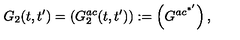
G _ { 2 } ( t , t ^ { \prime } ) = \left( G _ { 2 } ^ { a c } ( t , t ^ { \prime } ) \right) : = \left( G ^ { a c ^ { * ^ { \prime } } } \right) ,